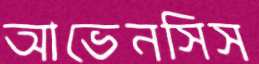
আভেনসিস